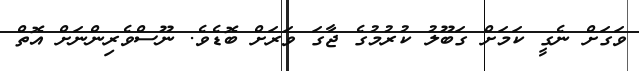
ވަގަށް ނެގީ ކަމަށް ގަބޫލު ކުރުމުގެ ޖާގަ ވަރަށް ބޮޑެވެ. ނޫސްވެރިންނަށް އޮތް